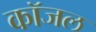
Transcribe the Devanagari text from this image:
कॉजल